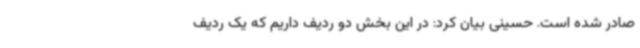
صادر شده است. حسینی بیان کرد: در این بخش دو ردیف داریم که یک ردیف